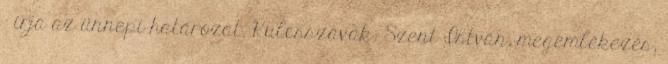
– írja az ünnepi határozat. Kulcsszavak: Szent István, megemlékezés,